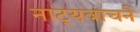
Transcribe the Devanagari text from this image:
नाट्यवाचने